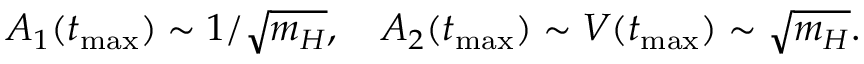
A _ { 1 } ( t _ { \mathrm { m a x } } ) \sim 1 / \sqrt { m _ { H } } , \quad A _ { 2 } ( t _ { \mathrm { m a x } } ) \sim V ( t _ { \mathrm { m a x } } ) \sim \sqrt { m _ { H } } .